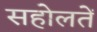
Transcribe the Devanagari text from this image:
सहोलतें